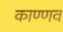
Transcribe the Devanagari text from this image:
काण्णव